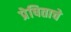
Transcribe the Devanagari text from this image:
प्रेषिताचे